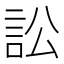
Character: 訟